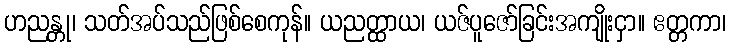
ဟညန္တု၊ သတ်အပ်သည်ဖြစ်စေကုန်။ ယညတ္ထာယ၊ ယဇ်ပူဇော်ခြင်းအကျိုးငှာ။ ဧတ္တကာ၊